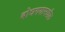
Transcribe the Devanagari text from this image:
बोधगयामधील